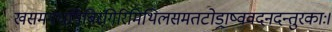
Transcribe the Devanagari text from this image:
खसमगधषिबिरगिरिमिथिलसमतटोड्राष्ववदनदन्तुरकाः।